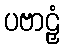
ပဗာဠှံ